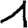
Digit: 1